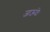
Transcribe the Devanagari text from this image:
जाऊंदे।